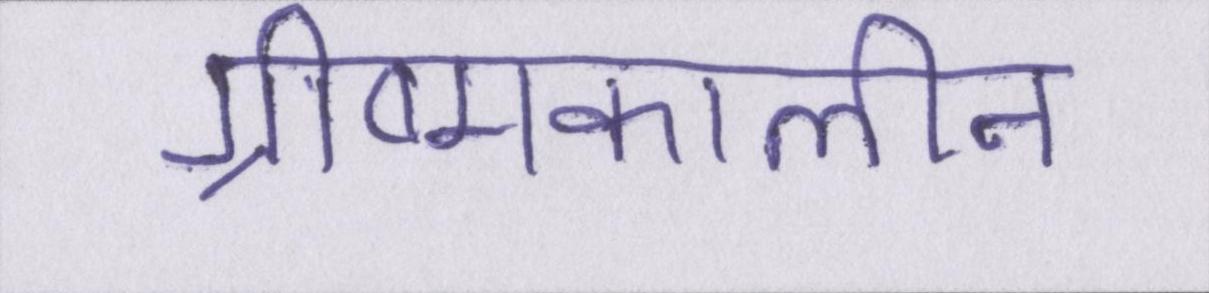
ग्रीष्मकालीन